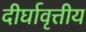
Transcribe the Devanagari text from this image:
दीर्घावृत्तीय